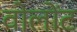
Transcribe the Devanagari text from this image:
वोलोंट